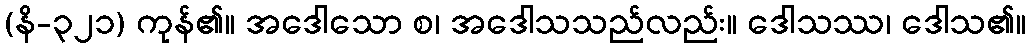
(နိ-၃၂၁) ကုန်၏။ အဒေါသော စ၊ အဒေါသသည်လည်း။ ဒေါသဿ၊ ဒေါသ၏။